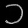
Digit: ၁